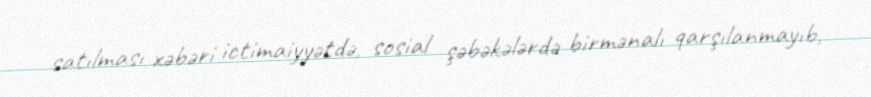
satılması xəbəri ictimaiyyətdə, sosial şəbəkələrdə birmənalı qarşılanmayıb,